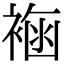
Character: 𧛳